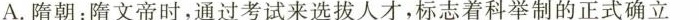
A.隋朝：隋文帝时，通过考试来选拔人才，标志着科举制的正式确立